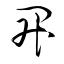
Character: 昇